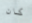
كان